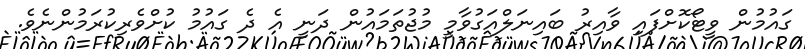
ގައުމުން ވީޓޯކޮށްފައި ވާއިރު ބައިނަލްއަގުވާމީ މުޖުތަމައުން ދަނީ އެ ދެ ގައުމު ކުށްވެރިކުރަމުންނެވެ.